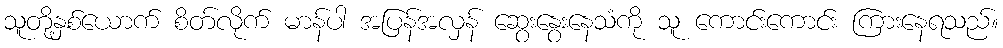
သူတို့နှစ်ယောက် စိတ်လိုက် မာန်ပါ အပြန်အလှန် ဆွေးနွေးနေသံကို သူ ကောင်းကောင်း ကြားနေရသည်။